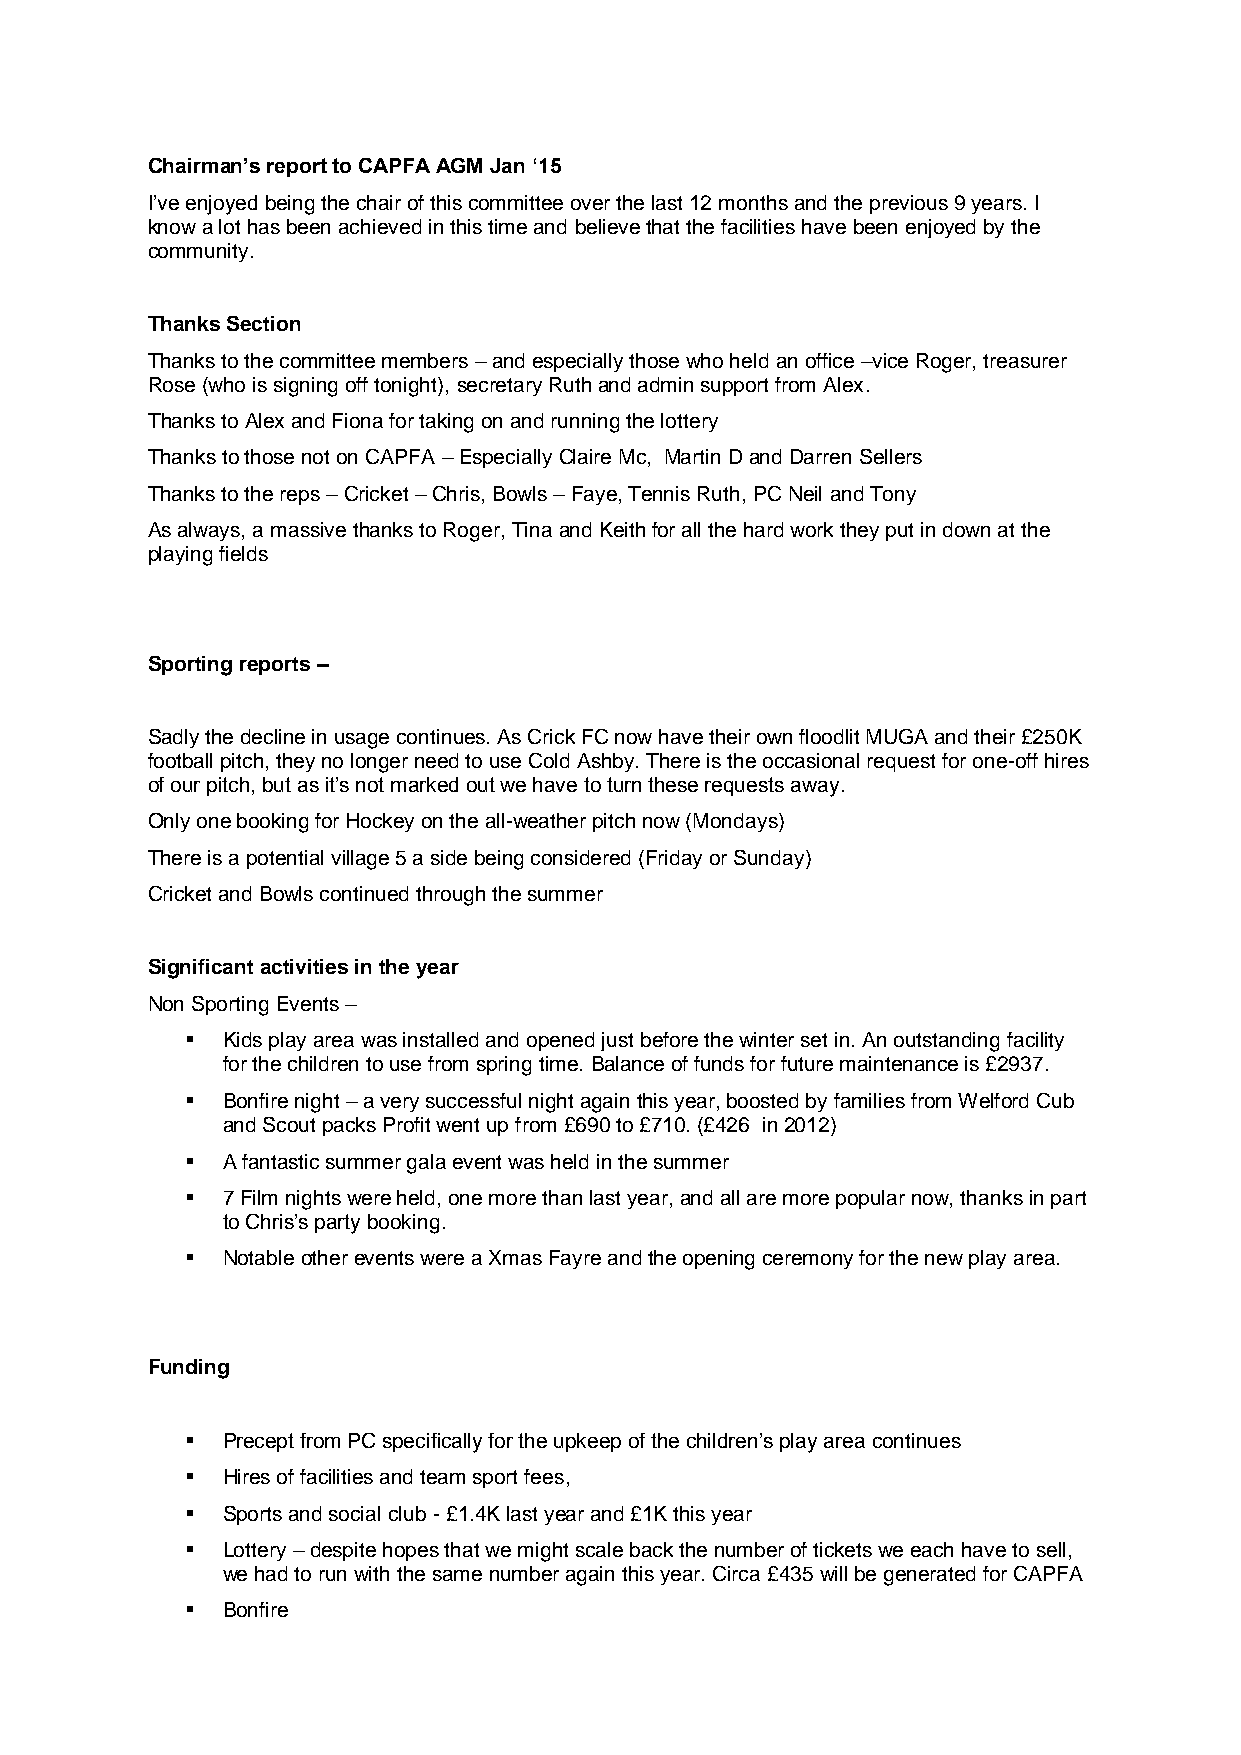
Chairman’s report to CAPFA AGM Jan ‘15
 I’ve enjoyed being the chair of this committee over the last 12 months and the previous 9 years. I
 know a lot has been achieved in this time and believe that the facilities have been enjoyed by the
 community.
 Thanks Section
 Thanks to the committee members – and especially those who held an office –vice Roger, treasurer
 Rose (who is signing off tonight), secretary Ruth and admin support from Alex.
 Thanks to Alex and Fiona for taking on and running the lottery
 Thanks to those not on CAPFA – Especially Claire Mc, Martin D and Darren Sellers
 Thanks to the reps – Cricket – Chris, Bowls – Faye, Tennis Ruth, PC Neil and Tony
 As always, a massive thanks to Roger, Tina and Keith for all the hard work they put in down at the
 playing fields
 Sporting reports –
 Sadly the decline in usage continues. As Crick FC now have their own floodlit MUGA and their £250K
 football pitch, they no longer need to use Cold Ashby. There is the occasional request for one-off hires
 of our pitch, but as it’s not marked out we have to turn these requests away.
 Only one booking for Hockey on the all-weather pitch now (Mondays)
 There is a potential village 5 a side being considered (Friday or Sunday)
 Cricket and Bowls continued through the summer
 Significant activities in the year
 Non Sporting Events –
   Kids play area was installed and opened just before the winter set in. An outstanding facility
 for the children to use from spring time. Balance of funds for future maintenance is £2937.
   Bonfire night – a very successful night again this year, boosted by families from Welford Cub
 and Scout packs Profit went up from £690 to £710. (£426 in 2012)
   A fantastic summer gala event was held in the summer
   7 Film nights were held, one more than last year, and all are more popular now, thanks in part
 to Chris’s party booking.
   Notable other events were a Xmas Fayre and the opening ceremony for the new play area.
 Funding
   Precept from PC specifically for the upkeep of the children’s play area continues
   Hires of facilities and team sport fees,
   Sports and social club - £1.4K last year and £1K this year
   Lottery – despite hopes that we might scale back the number of tickets we each have to sell,
 we had to run with the same number again this year. Circa £435 will be generated for CAPFA
   Bonfire